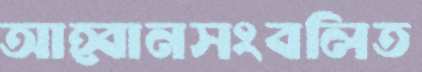
আহ্বানসংবলিত